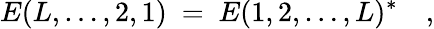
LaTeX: E(L,\ldots,2,1)\ =\ E(1,2,\ldots,L)^{*}\quad,